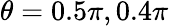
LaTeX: \theta=0.5\pi,0.4\pi